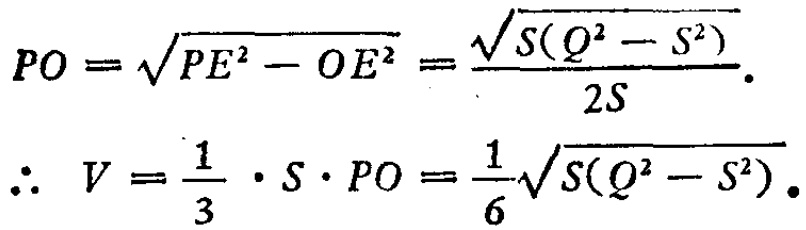
\[
\begin{align*}
PO&=\sqrt{PE^{2}-OE^{2}}=\frac{\sqrt{S(Q^{2}-S^{2})}}{2S}.\\
\therefore V&=\frac{1}{3}\cdot S\cdot PO=\frac{1}{6}\sqrt{S(Q^{2}-S^{2})}.
\end{align*}
\]